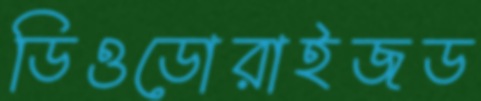
ডিওডোরাইজড